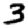
Digit: 3